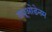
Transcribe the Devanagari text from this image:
ड्यूओडेनम